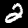
Label: 2